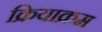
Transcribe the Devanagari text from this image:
क्रियाक्रम